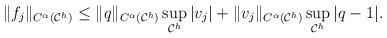
LaTeX: \begin{align*} \begin{aligned} \|f_{j}\|_{C^{\alpha}(\mathcal C^h )}& \leq \|q\|_{C^{\alpha}(\mathcal C^h )}\sup_{\mathcal C^h }\vert v_{j}\vert+\|v_{j}\|_{C^{\alpha}(\mathcal C^h )}\sup_{\mathcal C^h }\vert q-1\vert. \end{aligned} \end{align*}